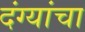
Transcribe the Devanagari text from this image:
दंग्यांचा